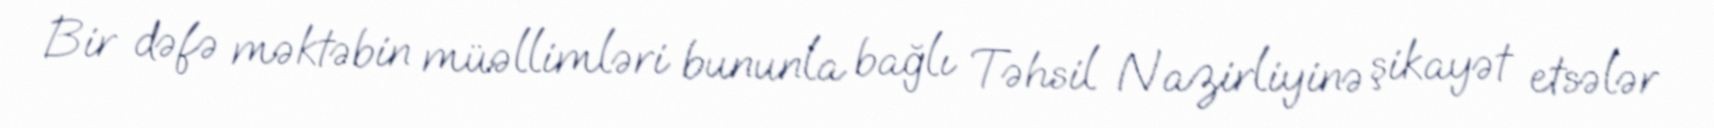
Bir dəfə məktəbin müəllimləri bununla bağlı Təhsil Nazirliyinə şikayət etsələr